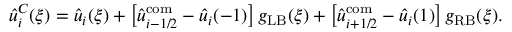
\hat { u } _ { i } ^ { C } ( \xi ) = \hat { u } _ { i } ( \xi ) + \left[ \hat { u } _ { i - 1 / 2 } ^ { \mathrm { c o m } } - \hat { u } _ { i } ( - 1 ) \right] g _ { \mathrm { L B } } ( \xi ) + \left[ \hat { u } _ { i + 1 / 2 } ^ { \mathrm { c o m } } - \hat { u } _ { i } ( 1 ) \right] g _ { \mathrm { R B } } ( \xi ) .